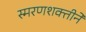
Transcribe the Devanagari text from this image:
स्मरणशक्तीनें